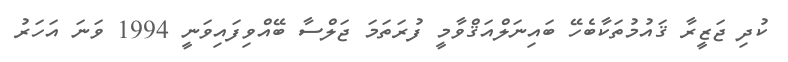
ކުދި ޖަޒީރާ ޤައުމުތަކާބެހޭ ބައިނަލްއަޤްވާމީ ފުރަތަމަ ޖަލްސާ ބޭއްވިފައިވަނީ 1994 ވަނަ އަހަރު